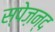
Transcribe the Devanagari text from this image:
स्पेज़न्द